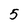
Character: 5